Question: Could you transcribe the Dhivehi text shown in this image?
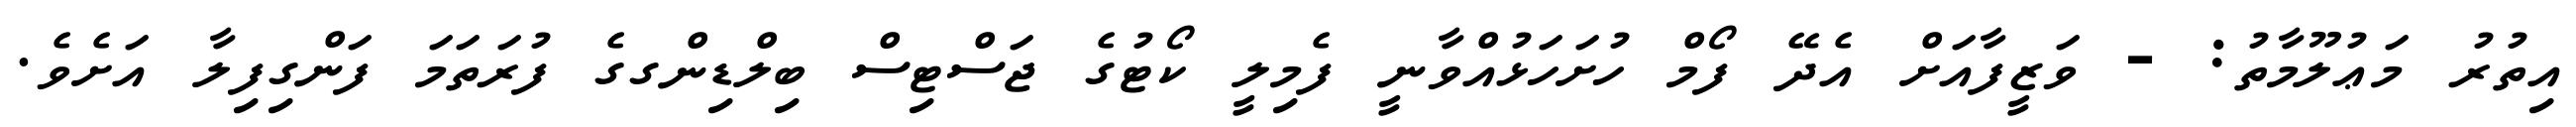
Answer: އިތުރު މަޢުލޫމާތު: - ވަޒީފާއަށް އެދޭ ފޯމް ހުށަހަޅުއްވާނީ ފެމިލީ ކޯޓުގެ ޖަސްޓިސް ބިލްޑިންގގެ ފުރަތަމަ ފަންގިފިލާ އަށެވެ.